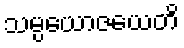
သမ္ပယောဇယေတိ